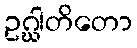
ဥဂ္ဃါတိတော